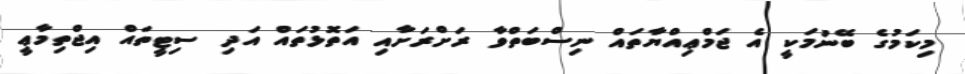
މިކަމުގެ ބޭނުމަކީ އެ ޖަމްޢިއްޔާތައް ނިސްބަތްވާ ރަށްރަށާއި އަތޮޅުތައް އަދި ސިޓީތައް އިޖްތިމާޢީ